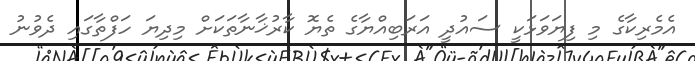
އެމެރިކާގެ މި ފިޔަވަޅަކީ ސައުދީ އަރަބިއްޔާގެ ތެޔޮ ކާރުޚާނާތަކަށް މިދިޔަ ހަފްތާގައި ދެވުނު